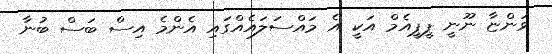
ވަންޏާ ނޫނީ ޕީޕީއެމް އަކީ އެ މައްސަލައެއްގައި އެންމެ އިސް ބަސް ބުނާ